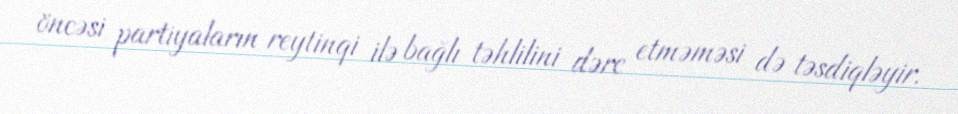
öncəsi partiyaların reytinqi ilə bağlı təhlilini dərc etməməsi də təsdiqləyir.